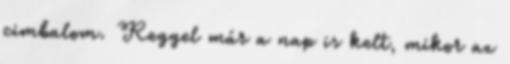
cimbalom. Reggel már a nap is kelt, mikor az